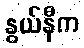
နွယ်နီက